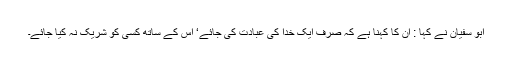
ابو سفیان نے کہا : ان کا کہنا ہے کہ صرف ایک خدا کی عبادت کی جائے‘ اس کے ساتھ کسی کو شریک نہ کیا جائے۔